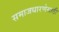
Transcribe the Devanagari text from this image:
समाजधारणेसाठी